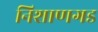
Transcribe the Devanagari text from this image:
निशाणगड